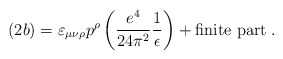
\begin{align*}(2b) = \varepsilon_{\mu\nu\rho} p^\rho\left(\frac{e^4}{24\pi^2}\frac{1}{\epsilon}\right) + \mbox{finite part}\; .\end{align*}